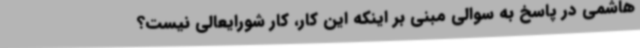
هاشمی در پاسخ به سوالی مبنی بر اینکه این کار، کار شورایعالی نیست؟